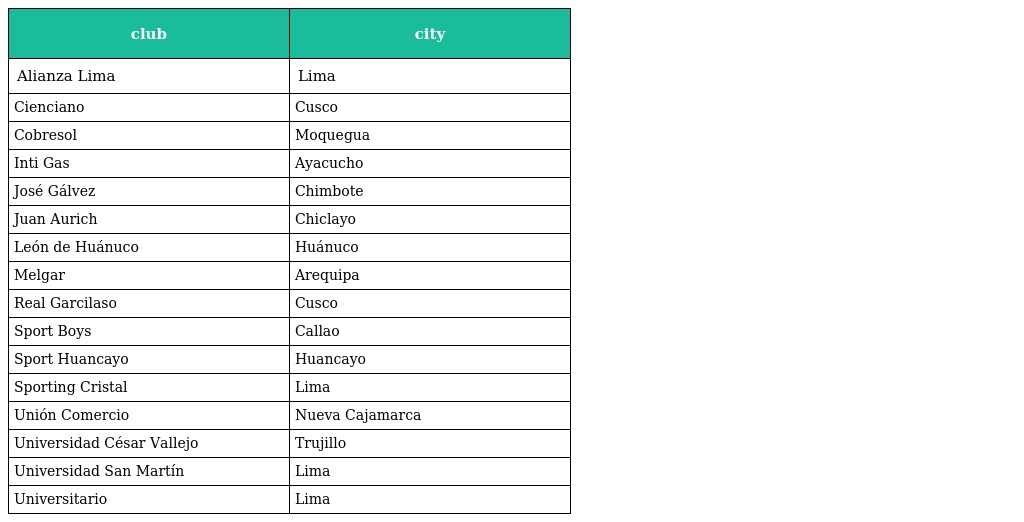
| club | city |
 | --- | --- |
 | Alianza Lima | Lima |
 | Cienciano | Cusco |
 | Cobresol | Moquegua |
 | Inti Gas | Ayacucho |
 | José Gálvez | Chimbote |
 | Juan Aurich | Chiclayo |
 | León de Huánuco | Huánuco |
 | Melgar | Arequipa |
 | Real Garcilaso | Cusco |
 | Sport Boys | Callao |
 | Sport Huancayo | Huancayo |
 | Sporting Cristal | Lima |
 | Unión Comercio | Nueva Cajamarca |
 | Universidad César Vallejo | Trujillo |
 | Universidad San Martín | Lima |
 | Universitario | Lima |